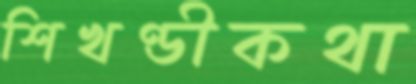
শিখণ্ডীকথা